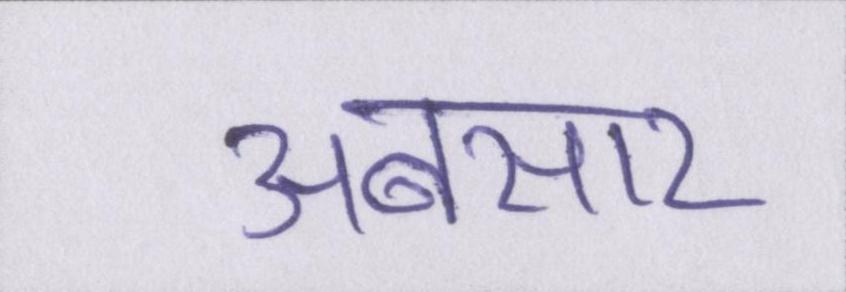
अबसार